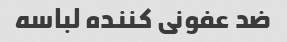
ضد عفونی کننده لباسه